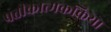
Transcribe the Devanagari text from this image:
प्रतीकात्मकक्रिया